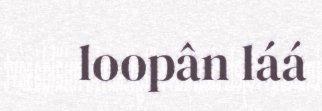
loopân láá